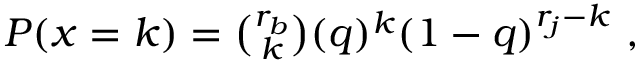
\begin{array} { r } { P ( x = k ) = { \binom { r _ { b } } { k } } ( q ) ^ { k } ( 1 - q ) ^ { r _ { j } - k } \ , } \end{array}